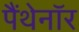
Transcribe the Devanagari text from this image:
पैंथेनॉर